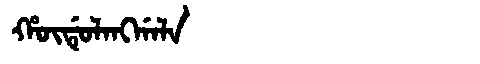
Manchu: ᡥᡡᡩᡠᠯᠠᠩᡤᠠᠯᠠ
Romanization: HŪDULANGGALA